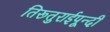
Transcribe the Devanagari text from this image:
तिरूतुराईपून्दी